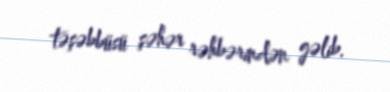
təşəbbüsü şəhər rəhbərindən gəlib.